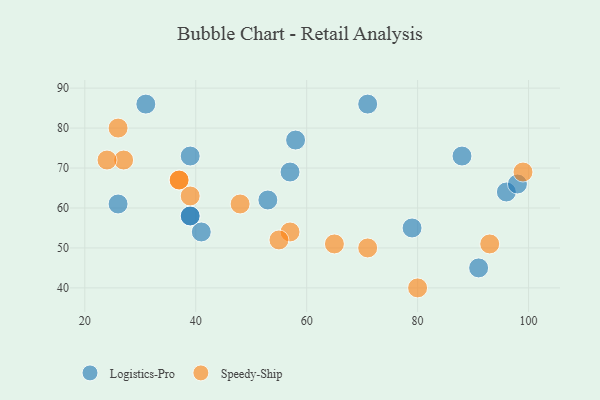
{"axis": {"x": "GDP", "y": "Life Expectancy"}, "legend": ["Logistics-Pro", "Speedy-Ship"], "data": [{"x": "26", "y": 61, "type": "Logistics-Pro"}, {"x": "57", "y": 69, "type": "Logistics-Pro"}, {"x": "79", "y": 55, "type": "Logistics-Pro"}, {"x": "53", "y": 62, "type": "Logistics-Pro"}, {"x": "71", "y": 86, "type": "Logistics-Pro"}, {"x": "96", "y": 64, "type": "Logistics-Pro"}, {"x": "91", "y": 45, "type": "Logistics-Pro"}, {"x": "88", "y": 73, "type": "Logistics-Pro"}, {"x": "39", "y": 73, "type": "Logistics-Pro"}, {"x": "31", "y": 86, "type": "Logistics-Pro"}, {"x": "39", "y": 58, "type": "Logistics-Pro"}, {"x": "98", "y": 66, "type": "Logistics-Pro"}, {"x": "41", "y": 54, "type": "Logistics-Pro"}, {"x": "58", "y": 77, "type": "Logistics-Pro"}, {"x": "39", "y": 58, "type": "Logistics-Pro"}, {"x": "80", "y": 40, "type": "Speedy-Ship"}, {"x": "48", "y": 61, "type": "Speedy-Ship"}, {"x": "57", "y": 54, "type": "Speedy-Ship"}, {"x": "93", "y": 51, "type": "Speedy-Ship"}, {"x": "37", "y": 67, "type": "Speedy-Ship"}, {"x": "39", "y": 63, "type": "Speedy-Ship"}, {"x": "27", "y": 72, "type": "Speedy-Ship"}, {"x": "71", "y": 50, "type": "Speedy-Ship"}, {"x": "99", "y": 69, "type": "Speedy-Ship"}, {"x": "37", "y": 67, "type": "Speedy-Ship"}, {"x": "55", "y": 52, "type": "Speedy-Ship"}, {"x": "65", "y": 51, "type": "Speedy-Ship"}, {"x": "24", "y": 72, "type": "Speedy-Ship"}, {"x": "26", "y": 80, "type": "Speedy-Ship"}]}